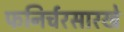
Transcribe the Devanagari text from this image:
फनिर्चरसारखे